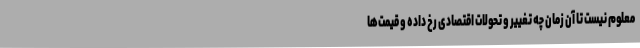
معلوم نیست تا آن زمان چه تغییر و تحولات اقتصادی رخ داده و قیمت‌ها